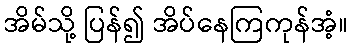
အိမ်သို့ ပြန်၍ အိပ်နေကြကုန်အံ့။